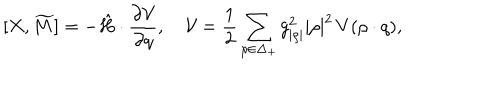
LaTeX: [ X , \widetilde { M } ] = - \hat { H } \cdot { \frac { \partial { \cal V } } { \partial q } } , \quad { \cal V } = { \frac { 1 } { 2 } } \sum _ { \rho \in \Delta _ { + } } { g _ { | \rho | } ^ { 2 } | \rho | ^ { 2 } } \, V ( \rho \cdot q ) ,